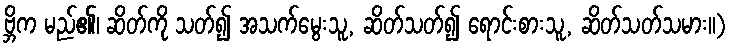
ဗ္ဘိက မည်၏၊ ဆိတ်ကို သတ်၍ အသက်မွေးသူ, ဆိတ်သတ်၍ ရောင်းစားသူ, ဆိတ်သတ်သမား။)